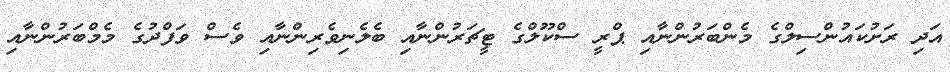
އަދި ރަށުކައުންސިލްގެ މެންބަރުންނާއި ޕްރީ ސްކޫލްގެ ޓީޗަރުންނާއި ބެލެނިވެރިންނާއި ވެސް ވަފްދުގެ މެމްބަރުންނާއި